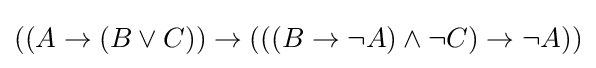
{\left(\left(A\rightarrow \left(B\lor C\right)\right)\rightarrow \left(\left(\left(B\rightarrow \lnot A\right)\land \lnot C\right)\rightarrow \lnot A\right)\right)}